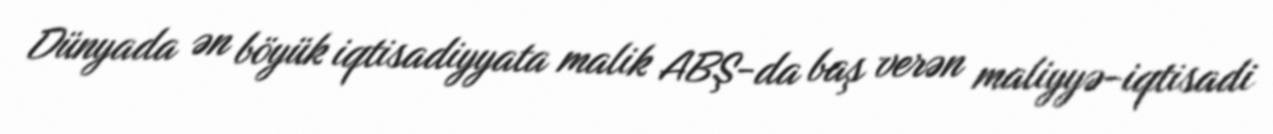
Dünyada ən böyük iqtisadiyyata malik ABŞ-da baş verən maliyyə-iqtisadi